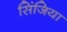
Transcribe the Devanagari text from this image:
सिंजिया